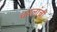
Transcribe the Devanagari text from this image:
चपलांची